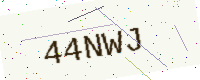
Text: 44NWJ